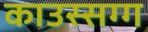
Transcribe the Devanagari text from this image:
काउस्सग्ग